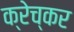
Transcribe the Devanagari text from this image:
क्रेच्कर